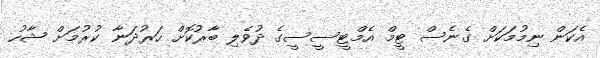
އެކަން ނިމުމަކަށް ގެނެސް ޓީމް އެމްޓީސީސީގެ ދުވެލި ބާރުކޮށް ހަރުދަނާ ކުރުމަށް ޝާހު